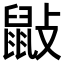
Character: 𪔿